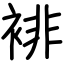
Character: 裶